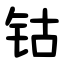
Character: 钴